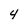
Character: 4